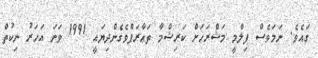
ގައެވެ. ނަމަވެސް ފިލްމީ މަޝްރަހަށް ކަރިޝްމާ ތަޢާރަފްވެގެންދިޔައީ 1991 ވަނަ އަހަރު ނިކުތް